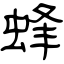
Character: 蜂